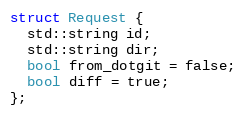
Language: C
struct Request {
  std::string id;
  std::string dir;
  bool from_dotgit = false;
  bool diff = true;
};